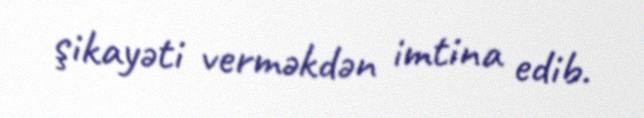
şikayəti verməkdən imtina edib.